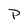
Character: P